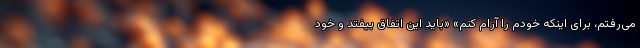
می‌رفتم، برای اینکه خودم را آرام کنم» «باید این اتفاق بیفتد و خود